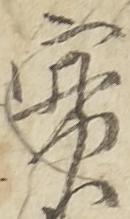
実